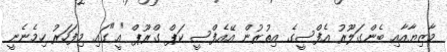
މާޒިޔާއާއި ބެންގަލޫރު އެފްސީގެ އިތުރުން އޭއެފްސީ ކަޕް ގްރޫޕް "އީ"ގައި މިފަހަރު ހިމެނެނީ